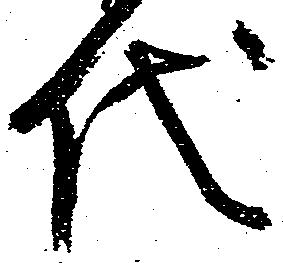
代